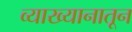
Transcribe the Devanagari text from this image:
व्याख्यानातून